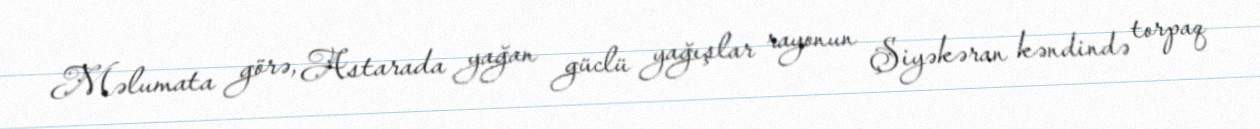
Məlumata görə, Astarada yağan güclü yağışlar rayonun Şiyəkəran kəndində torpaq